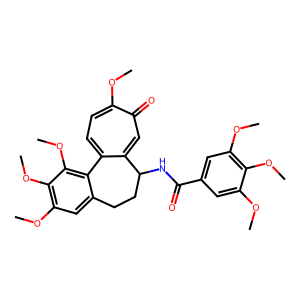
SMILES: COc1cc(C(=O)NC2CCc3cc(OC)c(OC)c(OC)c3-c3ccc(OC)c(=O)cc32)cc(OC)c1OC
Inhibits HIV replication: No